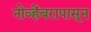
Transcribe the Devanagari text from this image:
नोव्हेंबरापासून